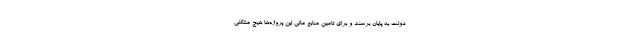
دولت به پایان برسند و برای تامین منابع مالی این پروژه‌ها هیچ مشکلی